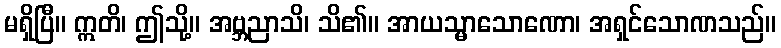
မရှိပြီ။ ဣတိ၊ ဤသို့။ အဗ္ဘညာသိ၊ သိ၏။ အာယသ္မာသောဏော၊ အရှင်သောဏသည်။